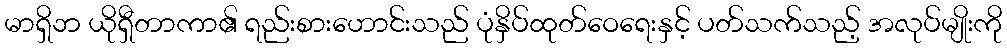
မာရှိဘ ယိုရှီတာကာ၏ ရည်းစားဟောင်းသည် ပုံနှိပ်ထုတ်ဝေရေးနှင့် ပတ်သက်သည့် အလုပ်မျိုးကို